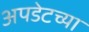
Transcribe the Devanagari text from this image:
अपडेटच्या